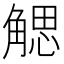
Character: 䚡